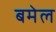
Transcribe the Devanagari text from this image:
बमेल